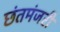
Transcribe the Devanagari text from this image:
छंतमंजरी